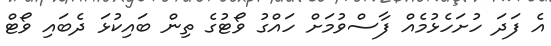
އެ ފަދަ ހުށަހެޅުމެއް ފާސްވުމަށް ހައްގު ވޯޓުގެ ތިން ބައިކުޅަ ދެބައި ވޯޓް